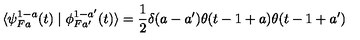
\langle \psi _ { F a } ^ { 1 - a } ( t ) \mid \phi _ { F a ^ { \prime } } ^ { 1 - a ^ { \prime } } ( t ) \rangle = \frac { 1 } { 2 } \delta ( a - a ^ { \prime } ) \theta ( t - 1 + a ) \theta ( t - 1 + a ^ { \prime } )